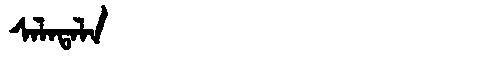
Manchu: ᠰᠠᠯᠠᡨᠠᠯᠠ
Romanization: SALATALA